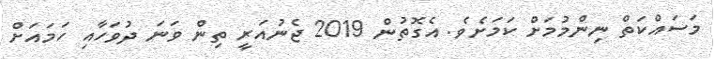
މަސައްކަތް ނިންމުމަށް ކަމަށެވެ. އެގޮތުން 2019 ޖެނުއަރީ ތިން ވަނަ ދުވަހާއި ހަމައަށް